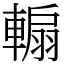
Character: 䡪